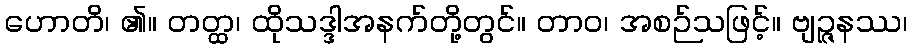
ဟောတိ၊ ၏။ တတ္ထ၊ ထိုသဒ္ဒါအနက်တို့တွင်။ တာဝ၊ အစဉ်သဖြင့်။ ဗျဉ္ဇနဿ၊